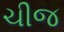
ચીજ